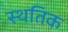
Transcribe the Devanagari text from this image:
स्थतिक